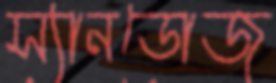
স্যানডোজ